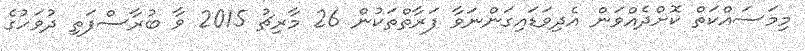
މިމަސައްކަތް ކޮށްދެއްވަން އެދިވަޑައިގަންނަވާ ފަރާތްތަކުން 26 މާރިޗު 2015 ވާ ބުރާސްފަތި ދުވަހުގެ